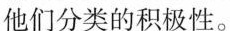
他们分类的积极性。